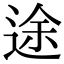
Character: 途